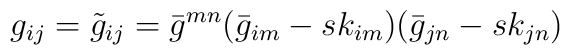
g_{ij}=\tilde{g}_{ij}=\bar{g}^{mn}(\bar{g}_{im}-sk_{im})(\bar{g}_{jn}-sk_{jn})